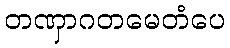
တဏှာဂတမေတံပေ